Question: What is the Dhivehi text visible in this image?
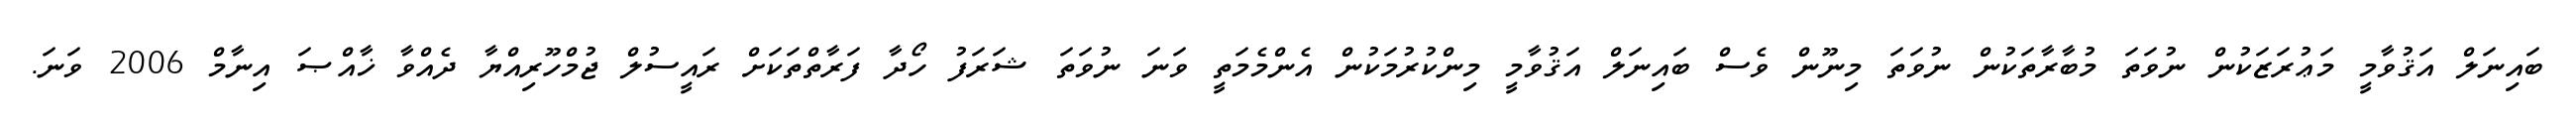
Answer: ބައިނަލް އަޤުވާމީ މަޢުރަޒަކުން ނުވަތަ މުބާރާތަކުން ނުވަތަ މިނޫން ވެސް ބައިނަލް އަޤުވާމީ މިންކުރުމަކުން އެންމެމަތީ ވަނަ ނުވަތަ ޝަރަފު ހޯދާ ފަރާތްތަކަށް ރައީސުލް ޖުމްހޫރިއްޔާ ދެއްވާ ޚާއްޞަ އިނާމް 2006 ވަނަ.